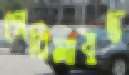
গেরিলাযুদ্ধ